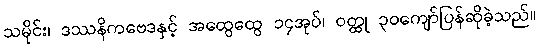
သမိုင်း၊ ဒဿနိကဗေဒနှင့် အထွေထွေ ၁၄အုပ်၊ ဝတ္ထု ၃၀ကျော်ပြန်ဆိုခဲ့သည်။